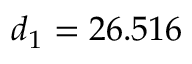
d _ { 1 } = 2 6 . 5 1 6